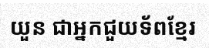
យួន ជាអ្នកជួយទ័ពខ្មែរ